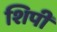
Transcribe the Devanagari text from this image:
शिपी